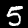
Label: 5